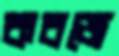
কবজে